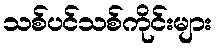
သစ်ပင်သစ်ကိုင်းများ